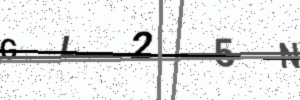
Text: GL25N